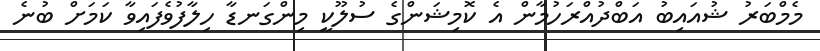
މެމްބަރު ޝުއައިބު އަބްދުއްރަހުމާން އެ ކޮމިޝަންގެ ސުލޫކީ މިންގަނޑާ ހިލާފުވެފައިވާ ކަމަށް ބުނެ